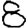
Digit: 8